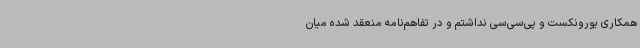
همکاری یورونکست و پی‌سی‌سی نداشتم و در تفاهم‌نامه منعقد شده میان